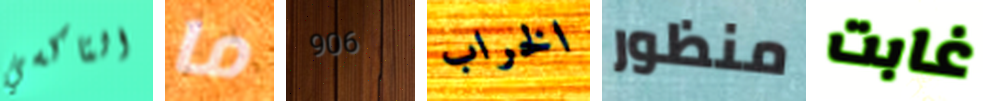
التاكسي ما 906 الخراب منظور غابت